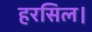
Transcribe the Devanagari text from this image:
हरसिल।